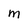
Character: M